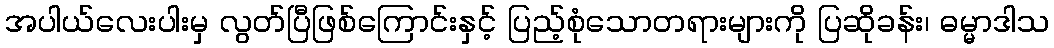
အပါယ်လေးပါးမှ လွတ်ပြီဖြစ်ကြောင်းနှင့် ပြည့်စုံသောတရားများကို ပြဆိုခန်း၊ ဓမ္မာဒါသ